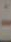
-